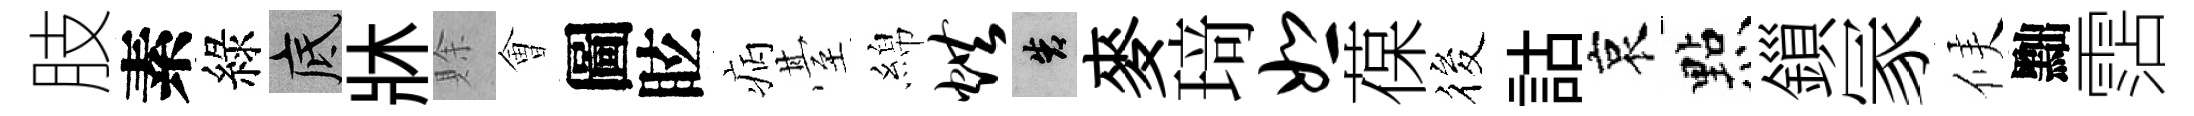
肢素綠底牀賖㑹圖眩病䑓綿烘告麥𤦺恕葆筱詁哀㸃鎻冡候黜霑